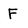
Character: F